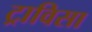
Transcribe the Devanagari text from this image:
ट्राविसा